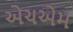
એચએમ